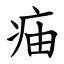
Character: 㾄